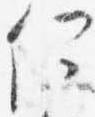
何